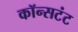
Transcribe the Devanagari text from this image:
कॉन्सटंट